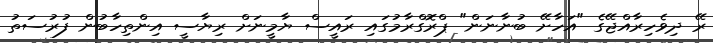
ރޭ ދިވެހިރާއްޖޭގެ "އަހާށޭ ބުނާނަން" ޕްރޮގްރާމުގައި ރައީސް ޔާމީނަށް ރިޔާސީ އިންތިހާބުން ފުރުސަތު